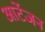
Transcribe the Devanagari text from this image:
आर्टेजन